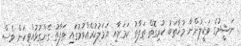
ނަޝީދުގެ ވަކީލުންނާ މުޚާތަބު ކުރިގޮތް ތަފާތު ކަމަށާއި އަމަލުކުރެއްވުމުގައި ތަފާތު ގެންގުޅުއްވިކަން ވެސް